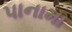
પાનામા